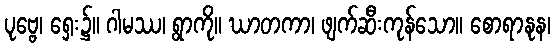
ပုဗ္ဗေ၊ ရှေး၌။ ဂါမဿ၊ ရွာကို။ ဃာတကာ၊ ဖျက်ဆီးကုန်သော။ စောရာနုန၊